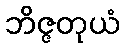
ဘိဇ္ဇတုယံ